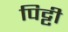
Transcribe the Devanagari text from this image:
पिट्टी